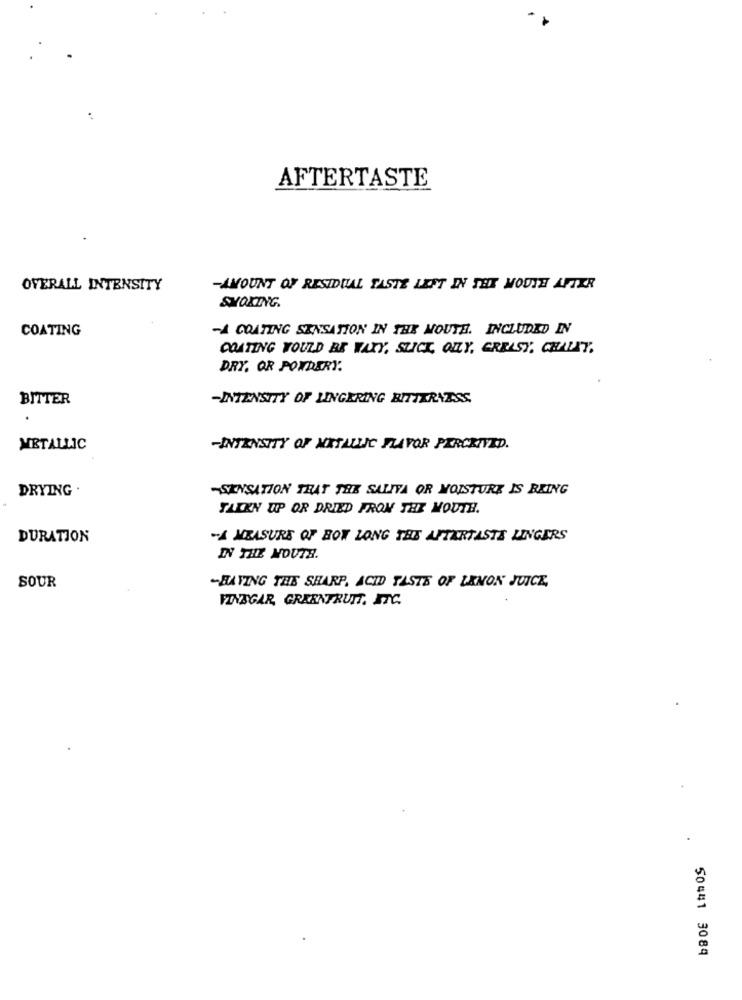
AFTERTASTE
OVERALL INTENSITY
-AMOUNT OF RESIDUAL TASTE LEFT IN THE MOUTH AFTER
SMOKING.
COATING
-A COATING SENSATION IN THE MOUTH. INCLUDED IN
COATING WOULD BE WAXY, SLICK, OLY, GREASY, CHALET,
DRY, OR POWDERY.
BITTER
-INTENSITY OF LINGERING BITTERNESS,
.
METALLIC
-INTENSITY OF MIXTAUNC FLAVOR PERCEIVED.
DRYING .
-SENSATION THAT THE SALIVA OR MOISTURE IS BEING
TALEN UP OR DRIED FROM THE MOUTH.
DURATION
-A MEASURE OF BOW LONG THE AFTERTASTE LINGERS
IN THE MOUTH.
SOUR
-HAVING THE SHARP, ACID TASTE OF LEMON JUICE,
VINEGAR, GREENFRUIT, ETC.
50441 3084